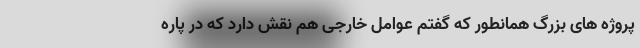
پروژه های بزرگ همانطور که گفتم عوامل خارجی هم نقش دارد که در پاره